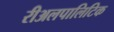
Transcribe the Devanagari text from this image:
रीअलपालिटिक